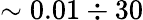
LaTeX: \sim 0.01\div 30